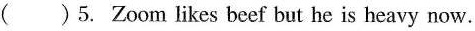
( )5. Zoom likes beef but he is heavy now.